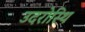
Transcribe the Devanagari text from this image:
उदरोस्थि